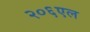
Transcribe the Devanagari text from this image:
२०६एल